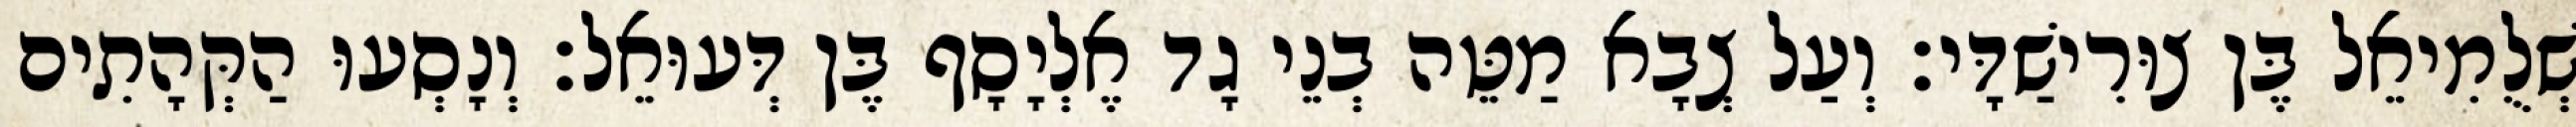
שְׁלֻמִיאֵל בֶּן צוּרִישַׁדָּי׃ וְעַל צְבָא מַטֵּה בְנֵי גָד אֶלְיָסָף בֶּן דְּעוּאֵל׃ וְנָסְעוּ הַקְּהָתִים